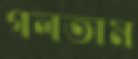
গলতাম